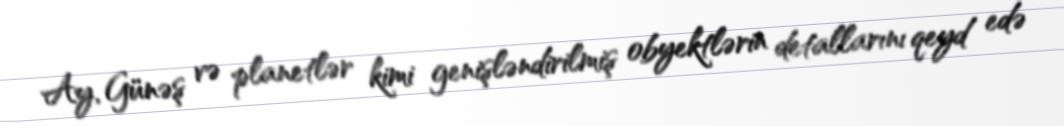
Ay, Günəş və planetlər kimi genişləndirilmiş obyektlərin detallarını qeyd edə